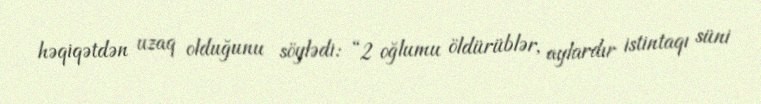
həqiqətdən uzaq olduğunu söylədi: “2 oğlumu öldürüblər, aylardır istintaqı süni